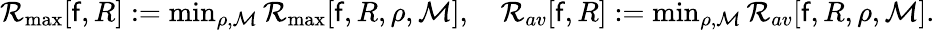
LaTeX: \begin{array}{r}{{\cal R}_{\operatorname*{max}}[\mathsf{f},R]:=\operatorname*{min}_{\rho,{\cal M}}{\cal R}_{\operatorname*{max}}[\mathsf{f},R,\rho,{\cal M}],\quad{\cal R}_{av}[\mathsf{f},R]:=\operatorname*{min}_{\rho,{\cal M}}{\cal R}_{av}[\mathsf{f},R,\rho,{\cal M}].}\end{array}